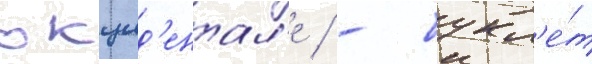
окцид'ентал'е / - букл'е́т